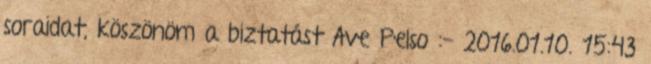
soraidat, köszönöm a biztatást Ave Pelso :- 2016.01.10. 15:43